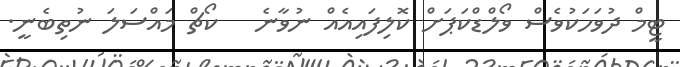
ޓީމް ދުވަހަކުވެސް ވޯލްޑްކަޕަށް ކޮލިފައިއެއް ނުވާނެ   ކޯޗް މައްސަލަ ނުތިބެނީ.